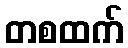
တစထက်